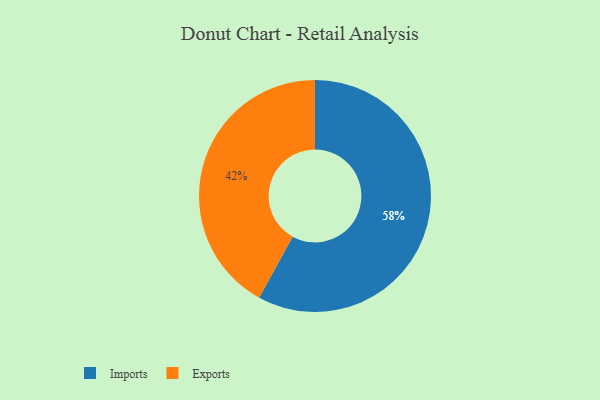
{"axis": {"x": "Category", "y": "Percentage"}, "legend": ["Exports", "Imports"], "data": [{"x": "Imports", "y": 58, "type": "Imports"}, {"x": "Exports", "y": 42, "type": "Exports"}]}